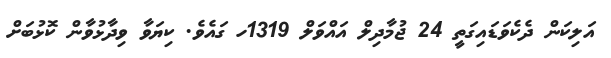
އަލިކަން ދެކެވަޑައިގަތީ 24 ޖުމާދިލް އައްވަލް 1319ހ ގައެވެ. ކިޔަވާ ވިދާޅުވާން ކޮޅުބަށް